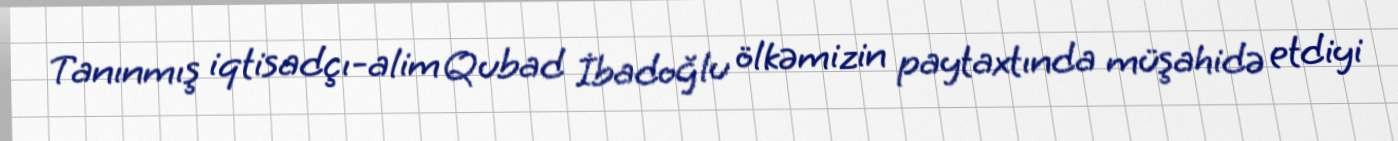
Tanınmış iqtisadçı-alim Qubad İbadoğlu ölkəmizin paytaxtında müşahidə etdiyi